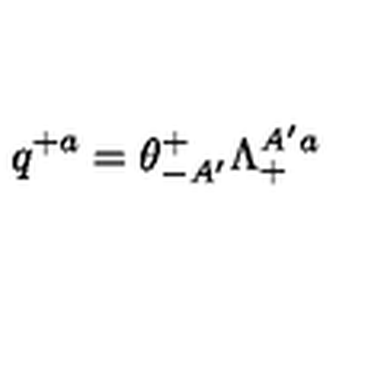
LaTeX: q ^ { + a } = \theta _ { - A ^ { \prime } } ^ { + } \Lambda _ { + } ^ { A ^ { \prime } a }